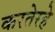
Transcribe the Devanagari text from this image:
करतेरहे